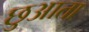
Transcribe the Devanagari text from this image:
छुआता